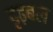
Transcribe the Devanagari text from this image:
दृढ़बल